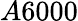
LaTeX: A6000